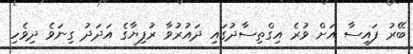
ބޭރު ފައިސާ އަށް ވުރެ އިގްތިސާދުގައި ދައުރުވާ ރުފިޔާގެ އަދަދު ގިނަވެ ދިވެހި